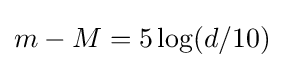
m-M=5\log(d/10)